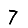
Digit: 7